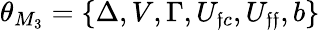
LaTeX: \theta_{M_{3}}=\{ \Delta,V,\Gamma,U_{\mathfrak{f}c},U_{\mathfrak{f}\mathfrak{f}},b\}